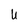
Character: U